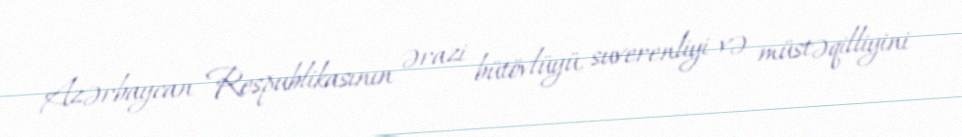
Azərbaycan Respublikasının ərazi bütövlüyü, suverenliyi və müstəqilliyini